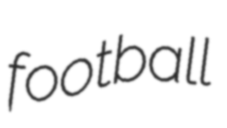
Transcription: football